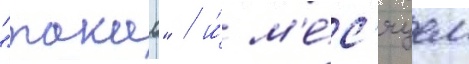
"такао" / и́ м'е́с'яцем